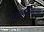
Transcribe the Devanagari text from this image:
परराष्ट्रमंत्र्यांच्या